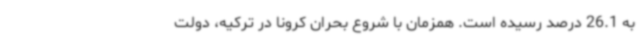
به 26.1 درصد رسیده است. همزمان با شروع بحران کرونا در ترکیه، دولت